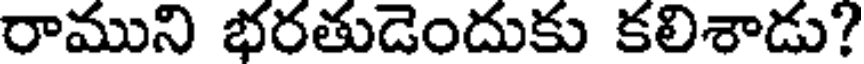
రాముని భరతుడెందుకు కలిశాడు?